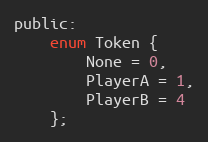
Language: C
public:
	enum Token {
		None = 0,
		PlayerA = 1,
		PlayerB = 4
	};